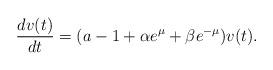
LaTeX: \begin{align*}\frac{dv(t)}{dt} =(a-1+\alpha e^{\mu}+\beta e^{-\mu})v(t).\end{align*}